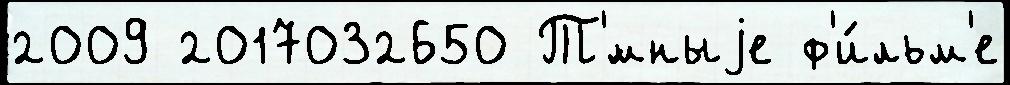
2009 2017032650 Т'́мныjе ф'и́льм'е